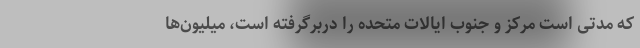
که مدتی است مرکز و جنوب ایالات متحده را دربرگرفته است، میلیون‌‌ها